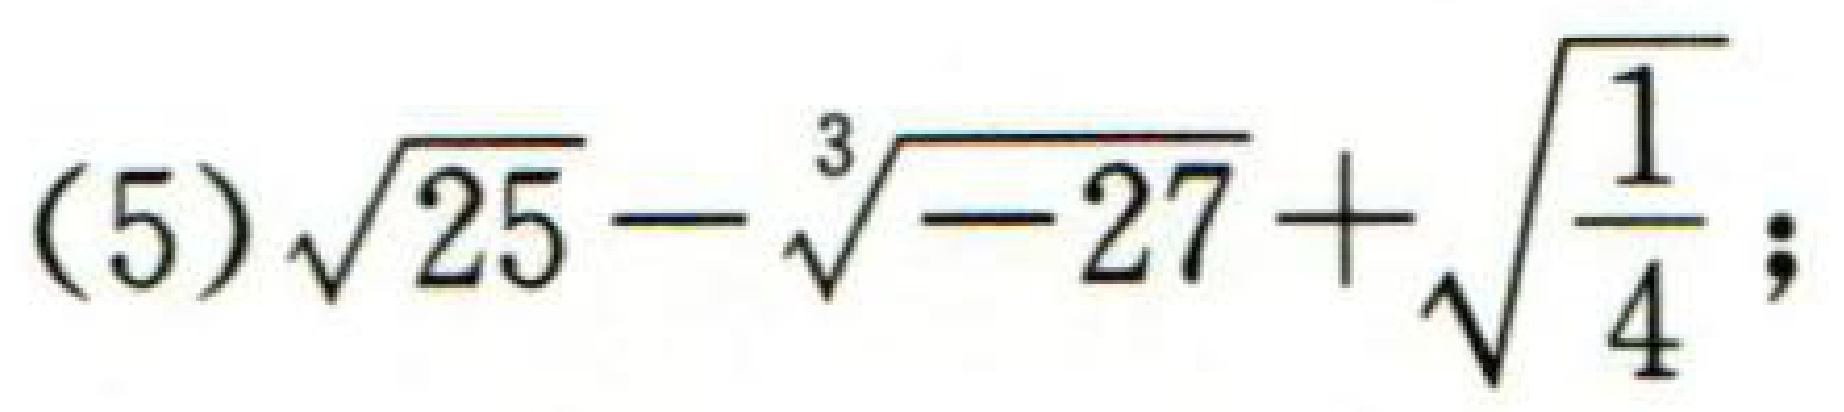
\(\sqrt{25}-\sqrt[3]{-27}+\sqrt{\frac{1}{4}}\)